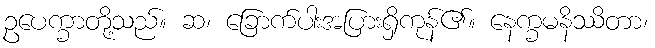
ဥပေက္ခာတို့သည်။ ဆ၊ ခြောက်ပါးအပြားရှိကုန်၏။ နေက္ခမနိဿိတာ၊